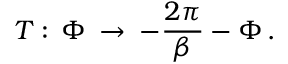
T : \, \Phi \: \rightarrow \: - \frac { 2 \pi } { \beta } - \Phi \, .